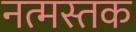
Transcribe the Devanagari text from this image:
नत्मस्तक